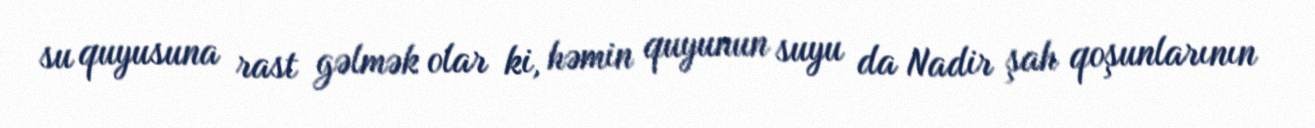
su quyusuna rast gəlmək olar ki, həmin quyunun suyu da Nadir şah qoşunlarının